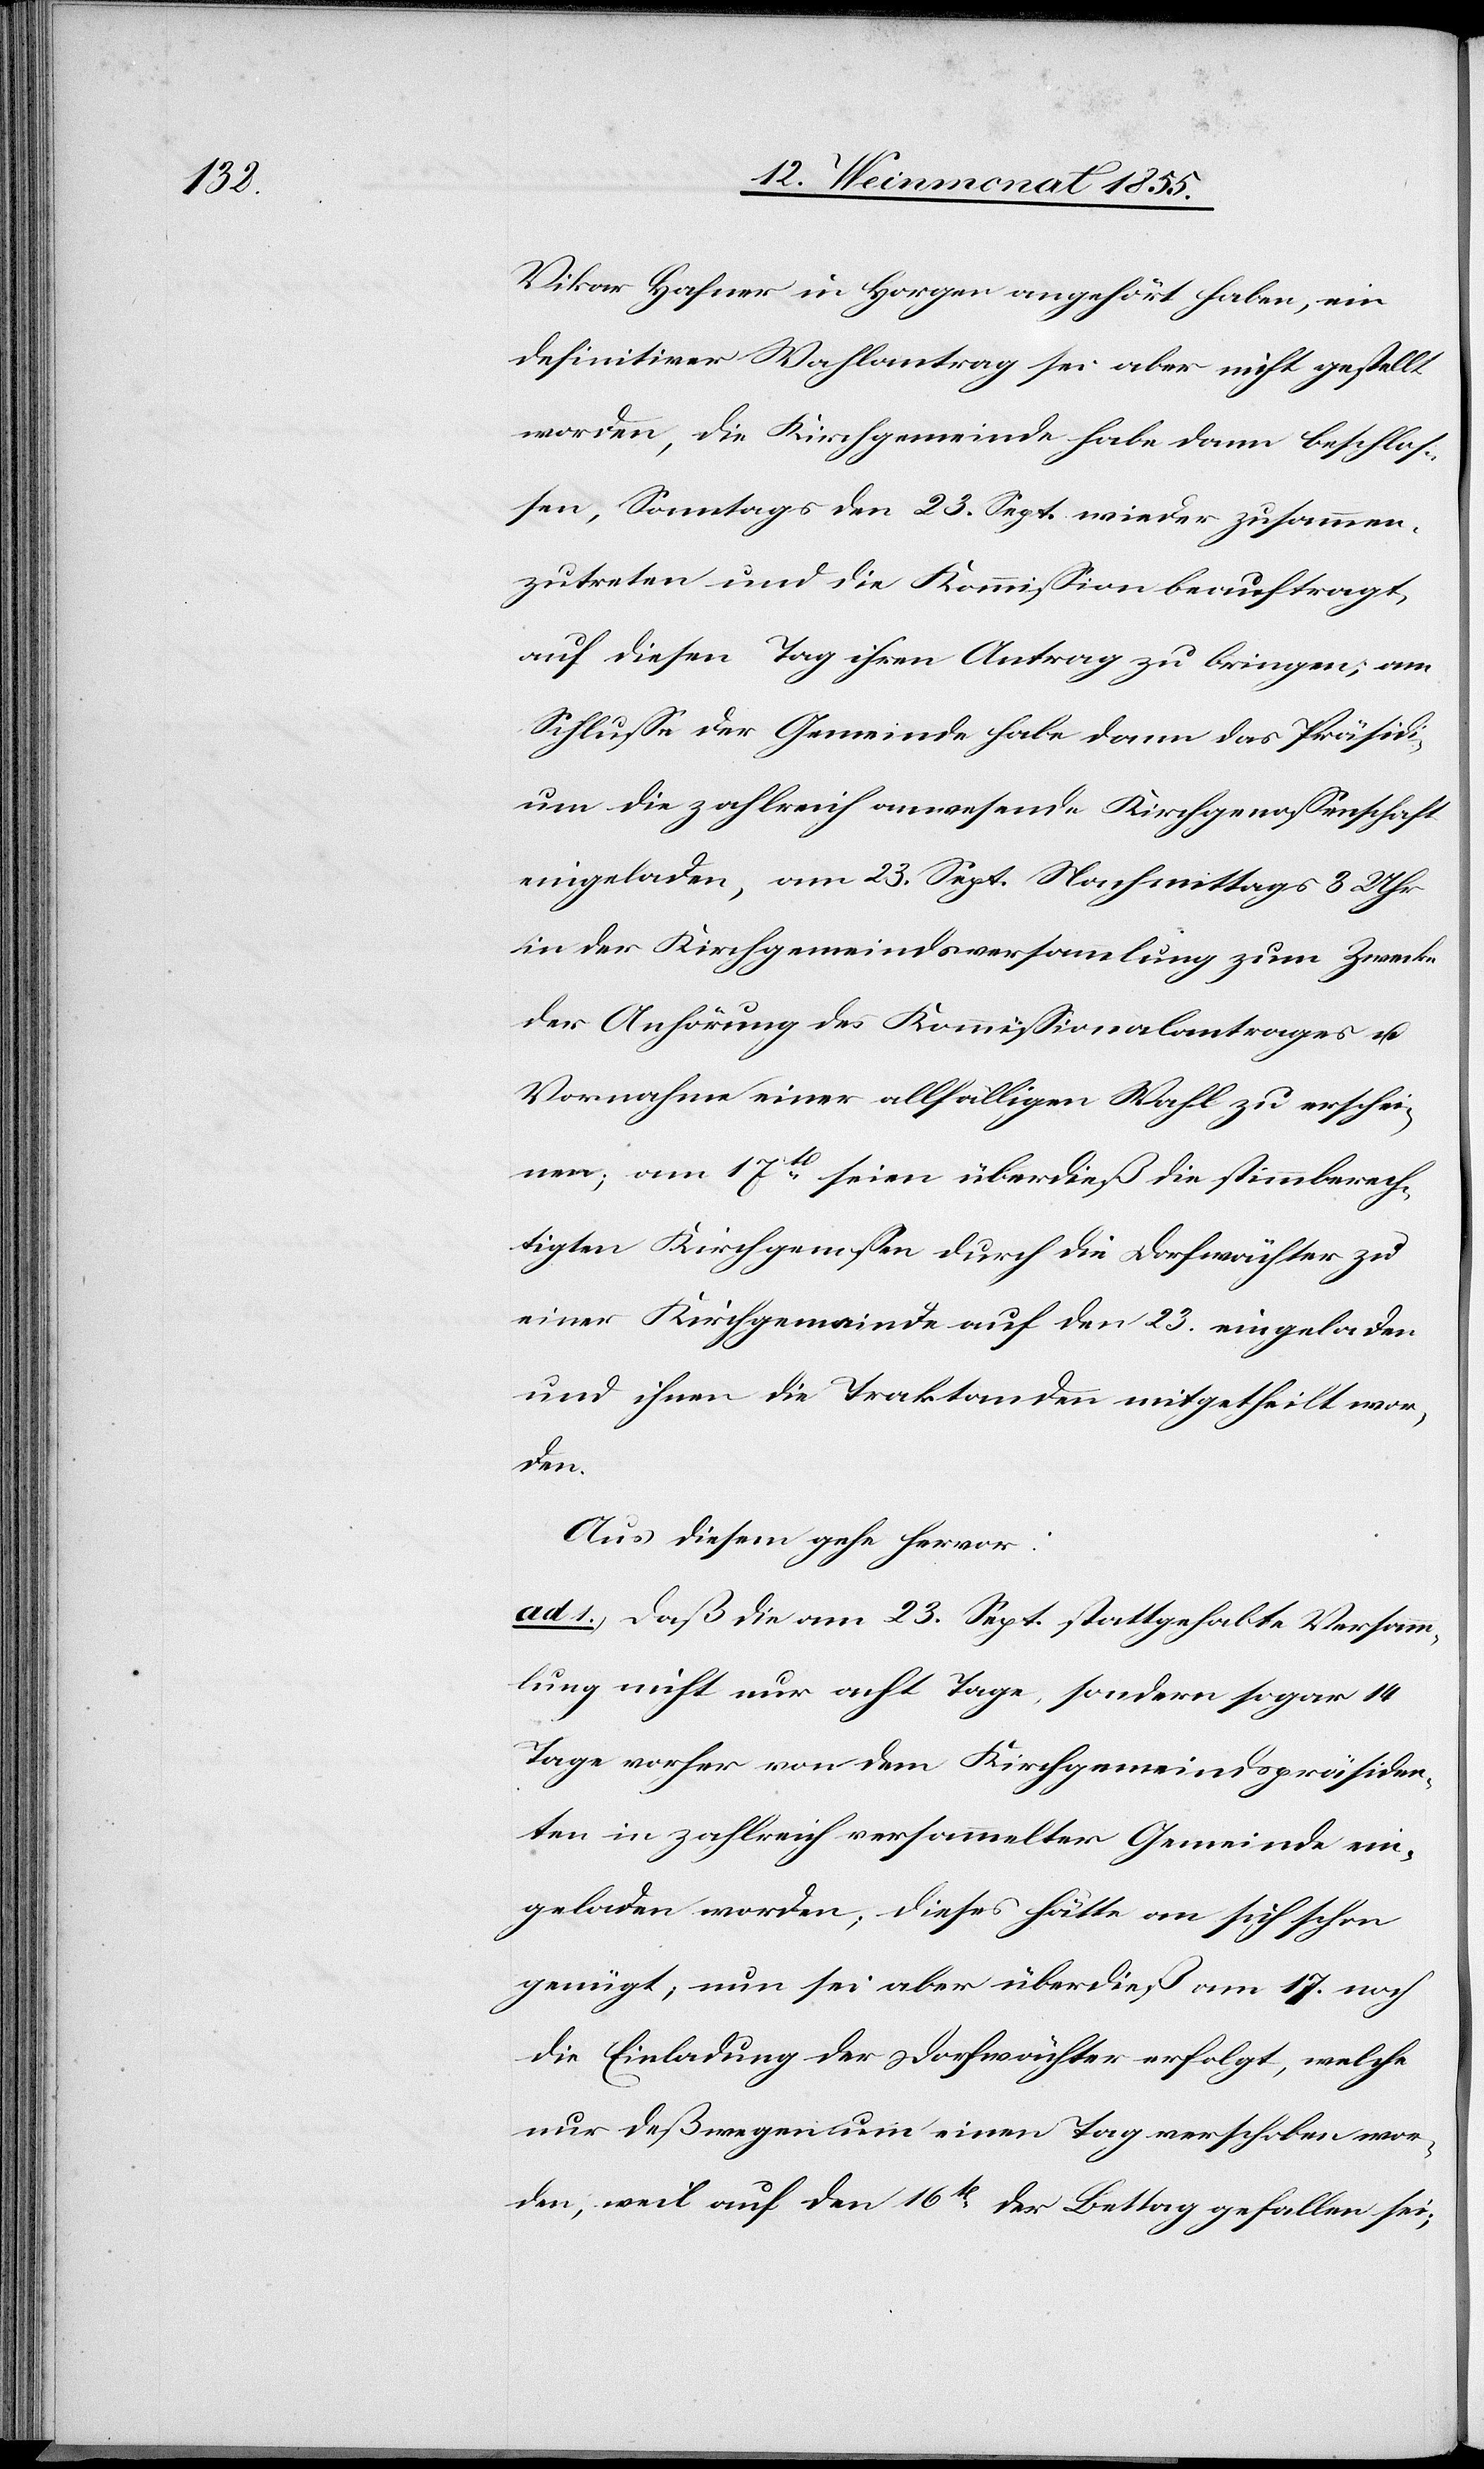
Vikar Hafner in Horgen angehört haben, ein
definitiver Wahlantrag sei aber nicht gestellt
worden, die Kirchgemeinde habe dann beschlos¬
sen, Sonntags den 23. Sept. wieder zusammen¬
zutreten und die Kommission beauftragt,
auf diesen Tag ihren Antrag zu bringen; am
Schlusse der Gemeinde habe dann das Präsidi¬
um die zahlreich anwesende Kirchgenossenschaft
eingeladen, am 23. Sept. Nachmittags 3 Uhr
in der Kirchgemeindsversammlung zum Zwecke
der Anhörung des Kommissionalantrages u.
Vornahme einer allfälligen Wahl zu erschei¬
nen; am 17t seien überdieß die stimmberech¬
tigten Kirchgenossen durch die Dorfwächter zu
einer Kirchgemeinde auf den 23. eingeladen
und ihnen die Traktanden mitgetheilt wor¬
den.
Aus diesem gehe hervor:
ad 1.) Daß die am 23. Sept. stattgehabte Versamm¬
lung nicht nur acht Tage, sondern sogar 14
Tage vorher von dem Kirchgemeindspräsiden¬
ten in zahlreich versammelter Gemeinde ein¬
geladen worden; dieses hätte an sich schon
genügt; nun sei aber überdieß am 17. noch
die Einladung der Dorfwächter erfolgt, welche
nur deßwegen um einen Tag verschoben wor¬
den, weil auf den 16t der Bettag gefallen sei;